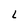
Character: L